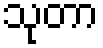
သုတာ